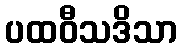
ပထဝီသဒိသာ